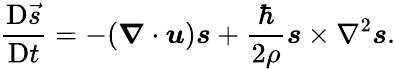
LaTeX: \frac{\mathrm{D}\vec{s}}{\mathrm{D}t}=-(\boldsymbol{\nabla}\cdot\boldsymbol{u})\boldsymbol{s}+\frac{\hbar}{2\rho}\boldsymbol{s}\times\nabla^{2}\boldsymbol{s}.